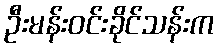
ဦးမန်းဝင်းခိုင်သန်းက